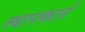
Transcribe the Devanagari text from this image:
स्थानकाने